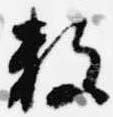
数